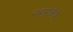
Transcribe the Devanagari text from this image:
नगरकेंद्र